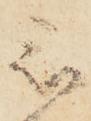
被